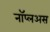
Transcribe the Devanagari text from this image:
नॉप्लअस